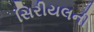
સિરીયલની